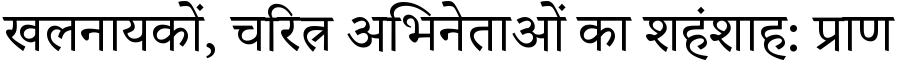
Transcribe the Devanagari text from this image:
खलनायकों, चरित्र अभिनेताओं का शहंशाह: प्राण